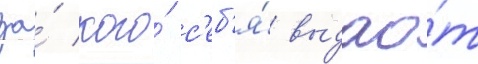
за́ кого́ с'еб'я́ выдао́т